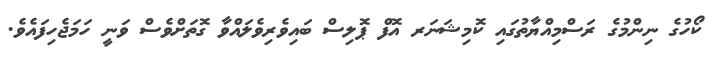
ކޯހުގެ ނިންމުގެ ރަސްމިއްޔާތުގައި ކޮމިޝަނަރ އޮފް ޕޮލިސް ބައިވެރިވެލައްވާ ގޮތަށްވެސް ވަނީ ހަމަޖެހިފައެވެ.